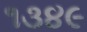
૧૩૪૯